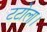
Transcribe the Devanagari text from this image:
टटोला।